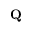
\mathbf { Q }